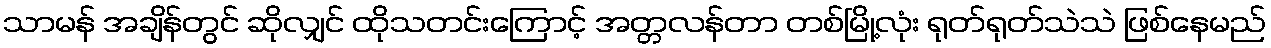
သာမန် အချိန်တွင် ဆိုလျှင် ထိုသတင်းကြောင့် အတ္တလန်တာ တစ်မြို့လုံး ရုတ်ရုတ်သဲသဲ ဖြစ်နေမည်